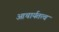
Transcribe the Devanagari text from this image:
आचार्यतत्व